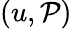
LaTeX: (u,\mathcal{P})